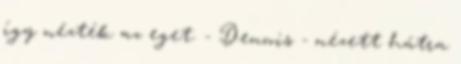
így nézték az eget. - Dennis - nézett hátra